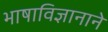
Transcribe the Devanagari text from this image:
भाषाविज्ञानाने